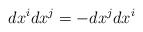
LaTeX: \begin{align*}dx^i dx^j = - dx^j dx^i \end{align*}